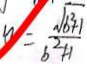
y = \frac { \sqrt { b ^ { 2 } + 1 } } { b ^ { 2 } + 1 }